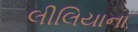
લીલિયાના